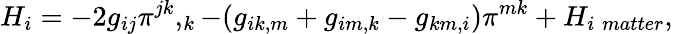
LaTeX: H_{i}=-2g_{ij}\pi^{jk},_{k}-(g_{ik,m}+g_{im,k}-g_{km,i})\pi^{mk}+H_{i\; matter},